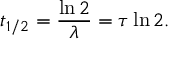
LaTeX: t _ { 1 / 2 } = { \frac { \ln 2 } { \lambda } } = \tau \ln 2 .